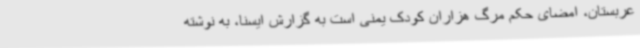
عربستان، امضای حکم مرگ هزاران کودک یمنی است به گزارش ایسنا، به نوشته